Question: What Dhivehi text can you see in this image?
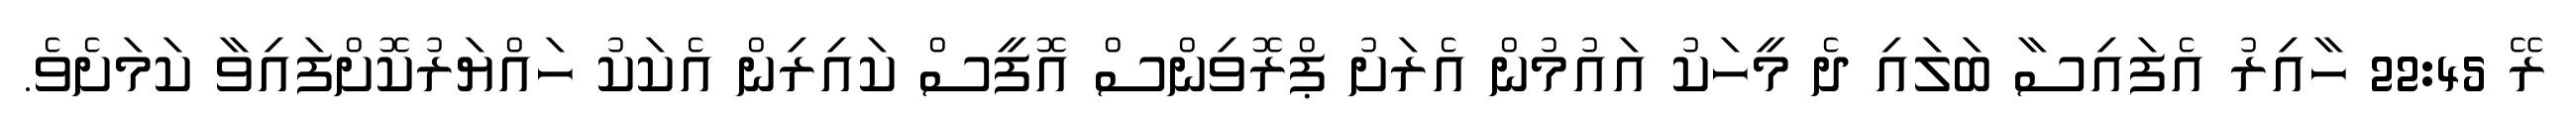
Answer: ރޭ 22:45 ހާއިރު އެފައިސާ ބަލައި ދެ މީހަކު އައުމުން އެރަށު ޕްރޮވިންސް އޮފީސް ކައިރިން އެކަކު ހައްޔަރުކޮށްފައިވާ ކަމަށެވެ.